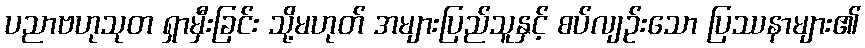
ပညာဗဟုသုတ ရှာမှီးခြင်း သို့မဟုတ် အများပြည်သူနှင့် စပ်လျဉ်းသော ပြဿနာများ၏